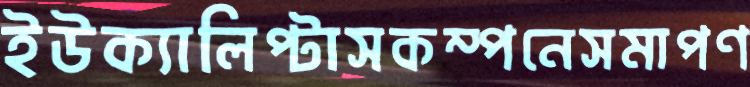
ইউক্যালিপ্টাসকম্পনেসমাপণ